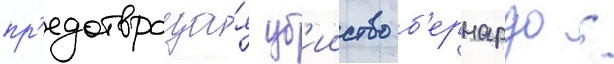
пр'едотвраща́я уб'ииство б'ернардо /